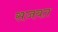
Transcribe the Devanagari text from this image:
सजवत